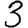
Digit: 3